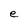
Character: e